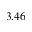
3 . 4 6